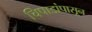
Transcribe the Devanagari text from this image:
चिपाडांपासून